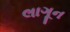
લાગૂન